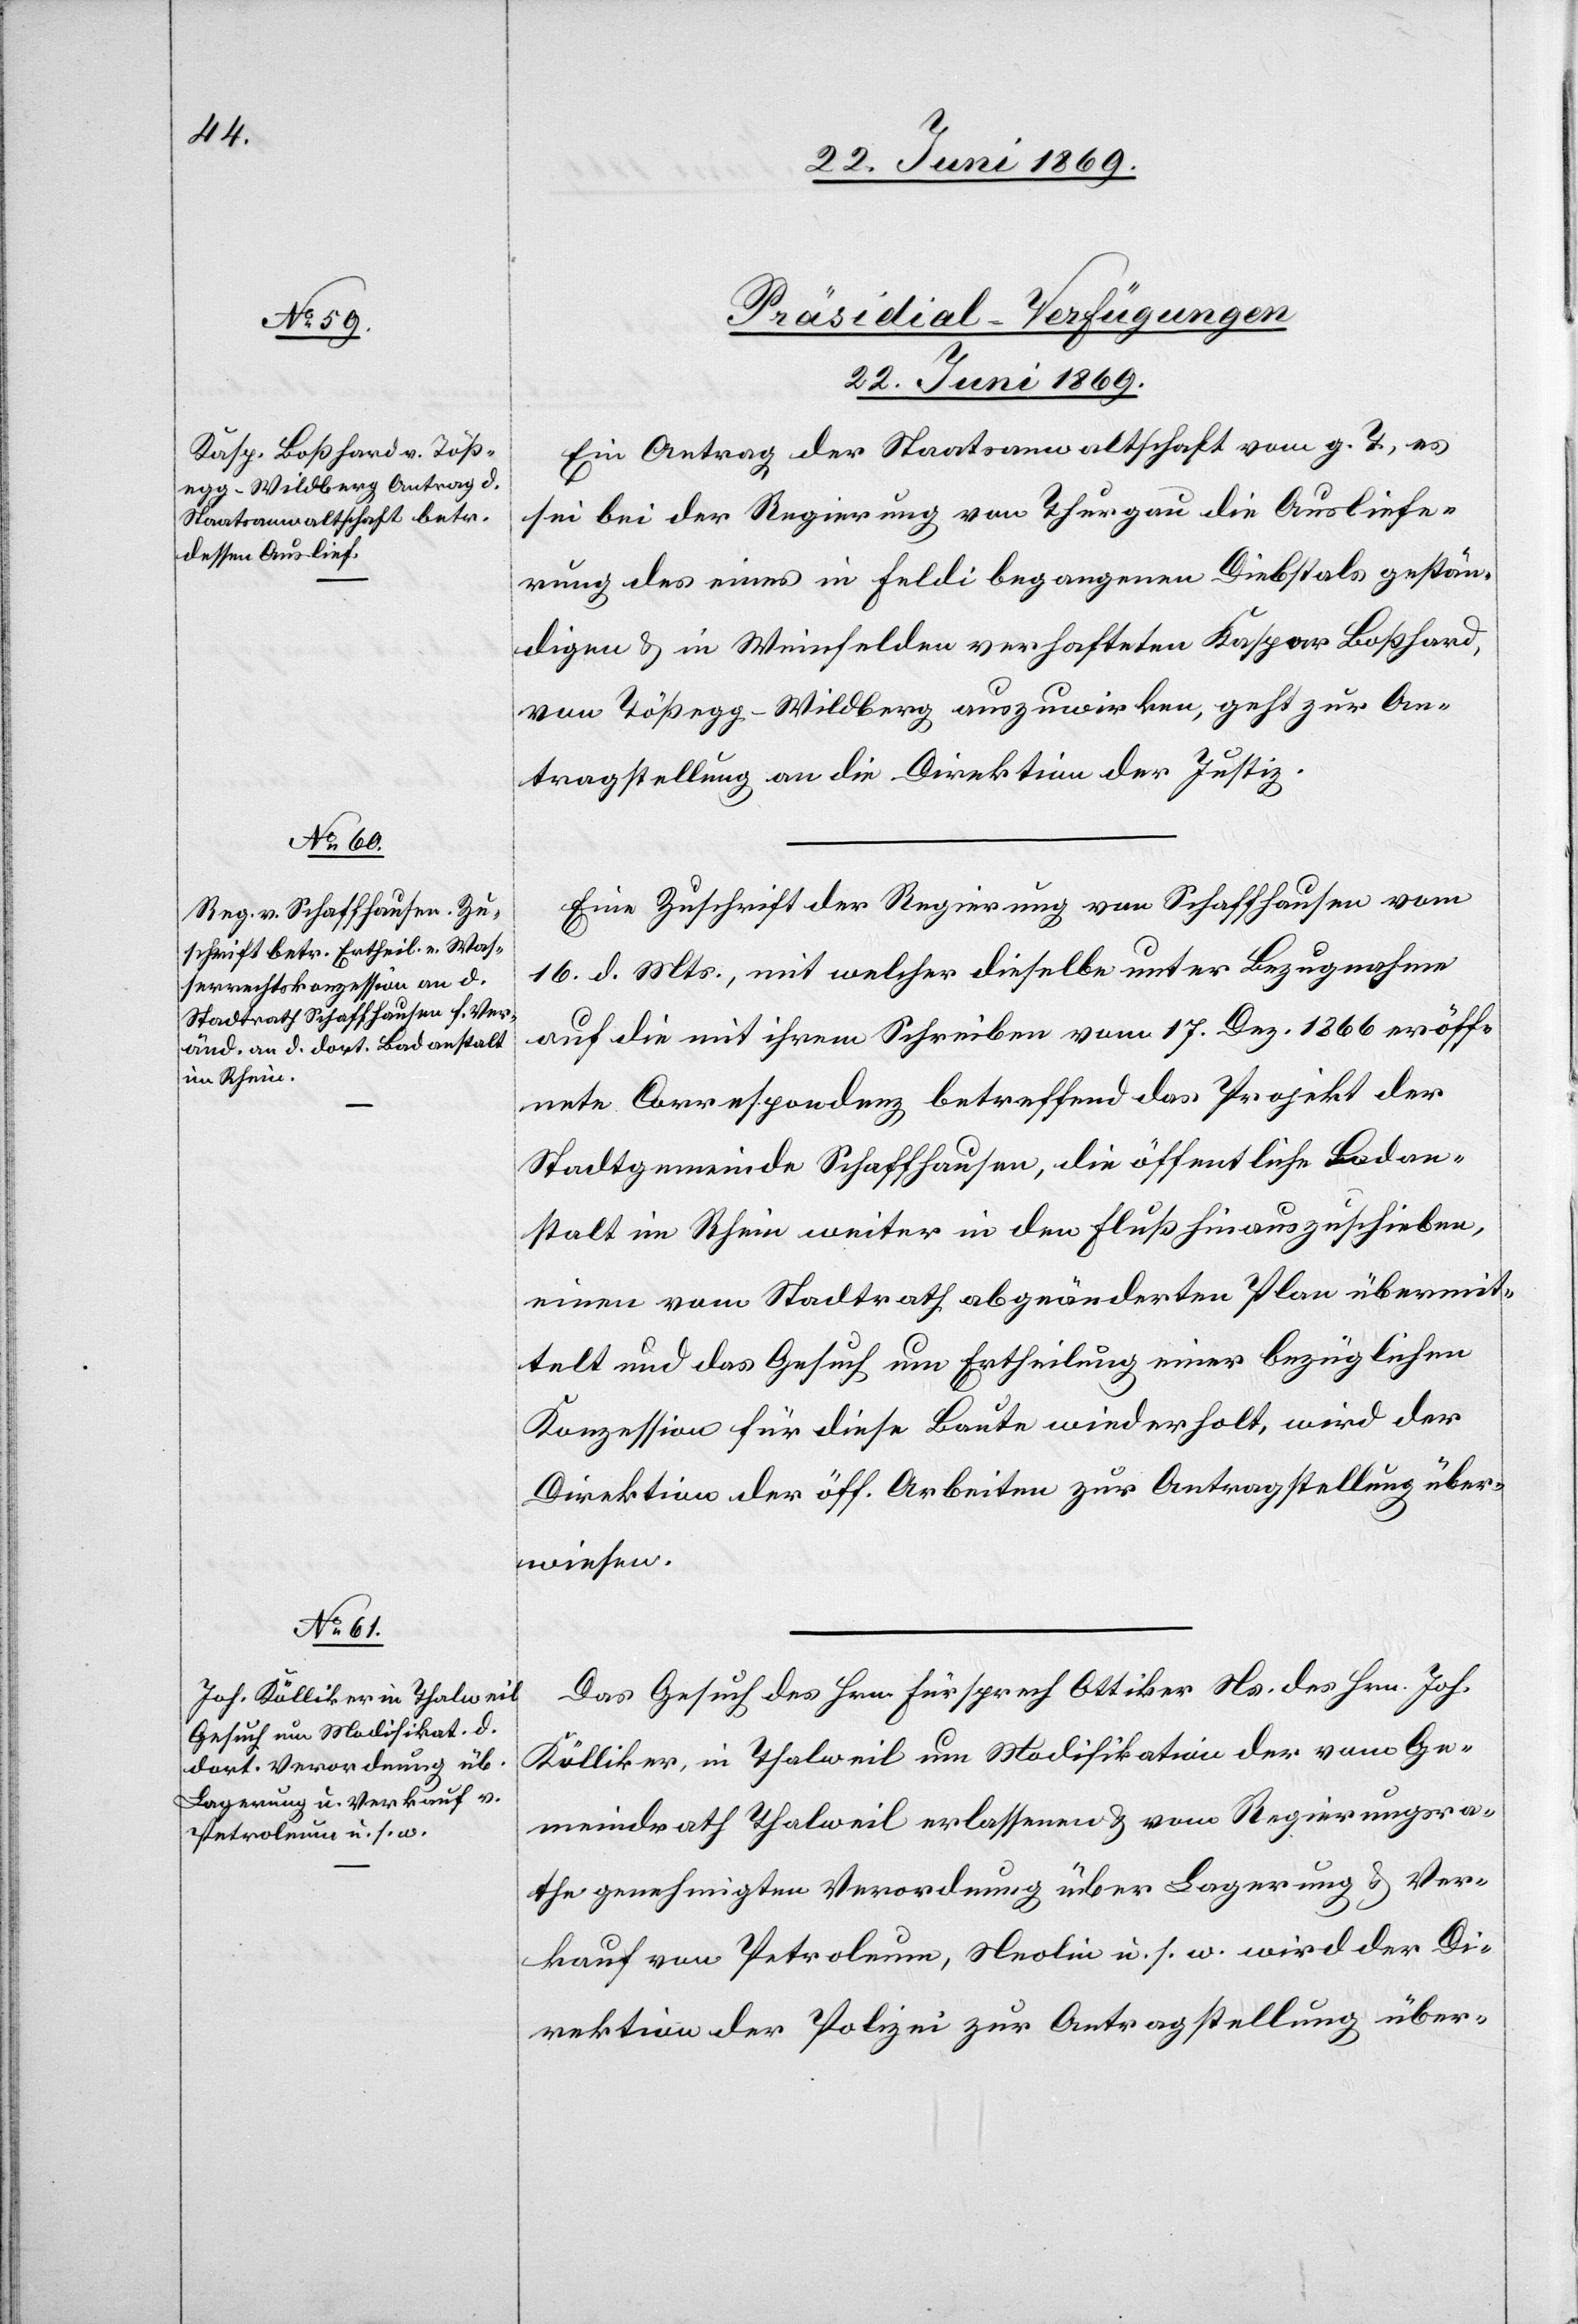
[Präsidial-Verfügungen.
22. Juni 1869.]
Ein Antrag der Staatsanwaltschaft vom g. T., es
sei bei der Regierung von Thurgau die Ausliefe¬
rung des eines in Feldi begangenen Diebstals gestän¬
digen u. in Weinfelden verhafteten Kaspar Boßhard,
von Tößegg - Wildberg auszuwirken, geht zur An¬
tragstellung an die Direktion der Justiz.
Eine Zuschrift der Regierung von Schaffhausen vom
16. d. Mts., mit welcher dieselbe unter Bezugnahme
auf die mit ihrem Schreiben vom 17. Dez. 1866 eröff¬
nete Correspondenz betreffend das Projekt der
Stadtgemeinde Schaffhausen, die öffentliche Badan¬
stalt im Rhein weiter in den Fluß hinaussschieben,
einen vom Stadtrath abgeänderten Plan übermit¬
telt und das Gesuch um Ertheilung einer bezüglichen
Konzession für diese Baute wiederholt, wird der
Direktion der öff. Arbeiten zur Antragstellung über¬
wiesen.
Das Gesuch des Hrn. Fürsprech Ottiker Ns. des Hrn. Jos.
Kölliker, in Thalweil um Modifikation der vom Ge¬
meindrath Thalweil erlassenen u. vom Regierungsra¬
the genehmigten Verordnung über Lagerung u. Ver¬
kauf von Petroleum, Neolin u. s. w. wird der Di¬
rektion der Polizei zur Antragstellung über-